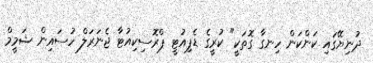
ދުނިޔޭގައި ކަންކަން ހިނގާ ގޮތަކީ" ކުރީގެ ޑެޕިއުޓީ ޕްރޮސިކިއުޓާ ޖެނަރަލް ހުސައިން ޝަމީމް